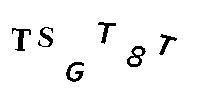
TSGT8T